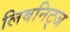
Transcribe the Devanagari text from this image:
लिबनिट्ज